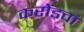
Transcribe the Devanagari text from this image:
करोडवां